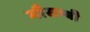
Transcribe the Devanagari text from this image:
मौसम्बी